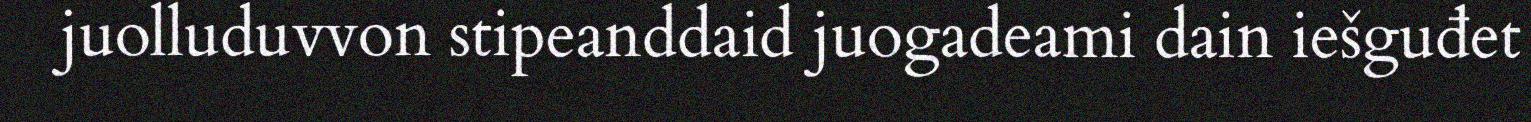
juolluduvvon stipeanddaid juogadeami dain iešguđet